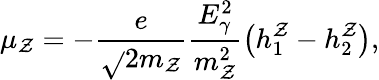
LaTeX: \mu_{\mathcal{Z}}=-\frac{{e}}{{\sqrt{}{{2}}m_{\mathcal{Z}}}}\frac{{E_{\gamma}^{2}}}{{m_{\mathcal{Z}}^{2}}}\left(h_{1}^{\mathcal{Z}}-h_{2}^{\mathcal{Z}}\right),